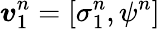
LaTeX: \boldsymbol{v}_{1}^{n}=\left[\sigma_{1}^{n},\psi^{n}\right]